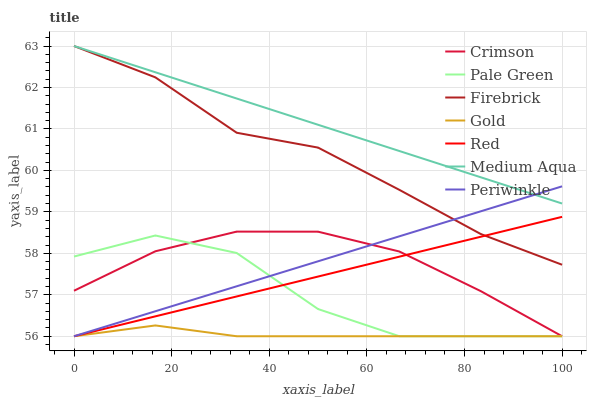
| xaxis_label | Crimson | Pale Green | Firebrick | Gold | Red | Medium Aqua | Periwinkle |
 | --- | --- | --- | --- | --- | --- | --- | --- |
 | 0 | 57.1 | 57.9 | 63 | 56 | 56 | 63 | 56 |
 | 16.7 | 58 | 58.4 | 62.2 | 56.3 | 56.5 | 62.4 | 56.6 |
 | 33.3 | 58.5 | 58 | 60.9 | 56 | 57 | 61.7 | 57.2 |
 | 50 | 58.5 | 56.7 | 60.6 | 56 | 57.4 | 61.1 | 57.8 |
 | 66.7 | 58 | 56 | 59.5 | 56 | 57.9 | 60.5 | 58.4 |
 | 83.3 | 57.1 | 56 | 58.5 | 56 | 58.4 | 59.8 | 59 |
 | 100 | 56 | 56 | 57.7 | 56 | 58.9 | 59.2 | 59.6 |